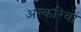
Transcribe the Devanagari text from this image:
अस्करियों